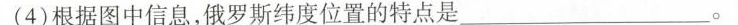
(4)根据图中信息，俄罗斯纬度位置的特点是___。